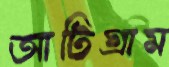
আটিগ্রাম